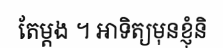
តែម្តង ។ អាទិត្យមុនខ្ញុំនិ